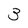
Character: 3